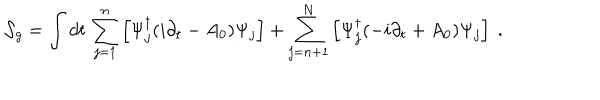
{ \cal S } _ { g } = \int d t \, \sum _ { j = 1 } ^ { n } \left[ \Psi _ { j } ^ { \dagger } ( i \partial _ { t } - A _ { 0 } ) \Psi _ { j } \right] + \sum _ { j = n + 1 } ^ { N } \left[ \Psi _ { j } ^ { \dagger } ( - i \partial _ { t } + A _ { 0 } ) \Psi _ { j } \right] ~ .